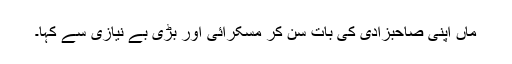
ماں اپنی صاحبزادی کی بات سن کر مسکرائی اور بڑی بے نیازی سے کہا۔